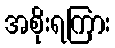
အစိုးရကြား